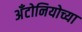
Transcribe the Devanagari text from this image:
अँटोनियोच्या